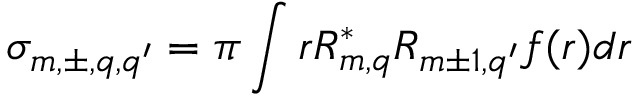
\sigma _ { m , \pm , q , q ^ { \prime } } = \pi \int r R _ { m , q } ^ { * } R _ { m \pm 1 , q ^ { \prime } } f ( r ) d r